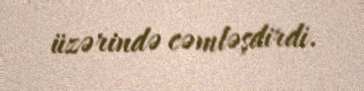
üzərində cəmləşdirdi.